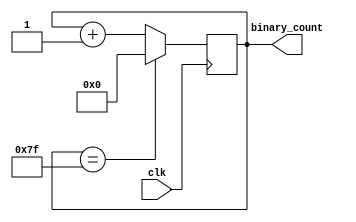
module clock_divider(
    input wire clk,
    output reg [7:0] binary_count
);

reg [7:0] counter;

always @(posedge clk) begin
    if (counter == 8'd127) begin
        counter <= 8'd0;
    end else begin
        counter <= counter + 1;
    end
end

assign binary_count = counter;

endmodule